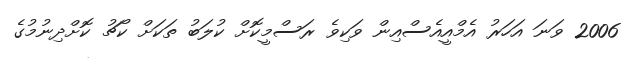
2006 ވަނަ އަހަރު އެމްއީއެސްއިން ވަކިވެ ރަސްމީކޮށް ކުލަބު ތަކަށް ކޯޗު ކޮށްދިނުމުގެ